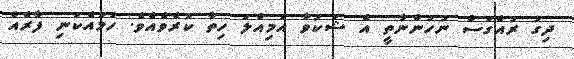
ދިގު ރުއްގަސް ނުހުންނާތީ އެ ޝަކުވާ އަމިއްލަ ހިތާ ކުރެވެއެވެ. ހަމައެކަނި ފާރެއް